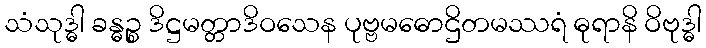
သံသုဒ္ဓါ ခန္ဓဉ္စ ဒိဋ္ဌမတ္တာဒိဝသေန ပုဗ္ဗမဓောဌိတမဿရံ ဓုရာနိ ဝိဗုဒ္ဓါ